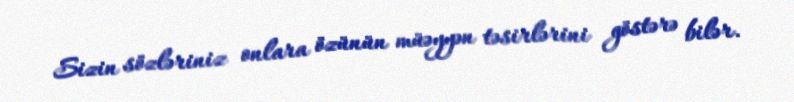
Sizin sözləriniz onlara özünün müəyyən təsirlərini göstərə bilər.